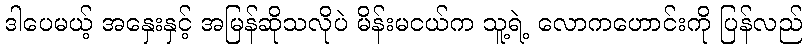
ဒါပေမယ့် အနှေးနှင့် အမြန်ဆိုသလိုပဲ မိန်းမငယ်က သူ့ရဲ့ လောကဟောင်းကို ပြန်လည်